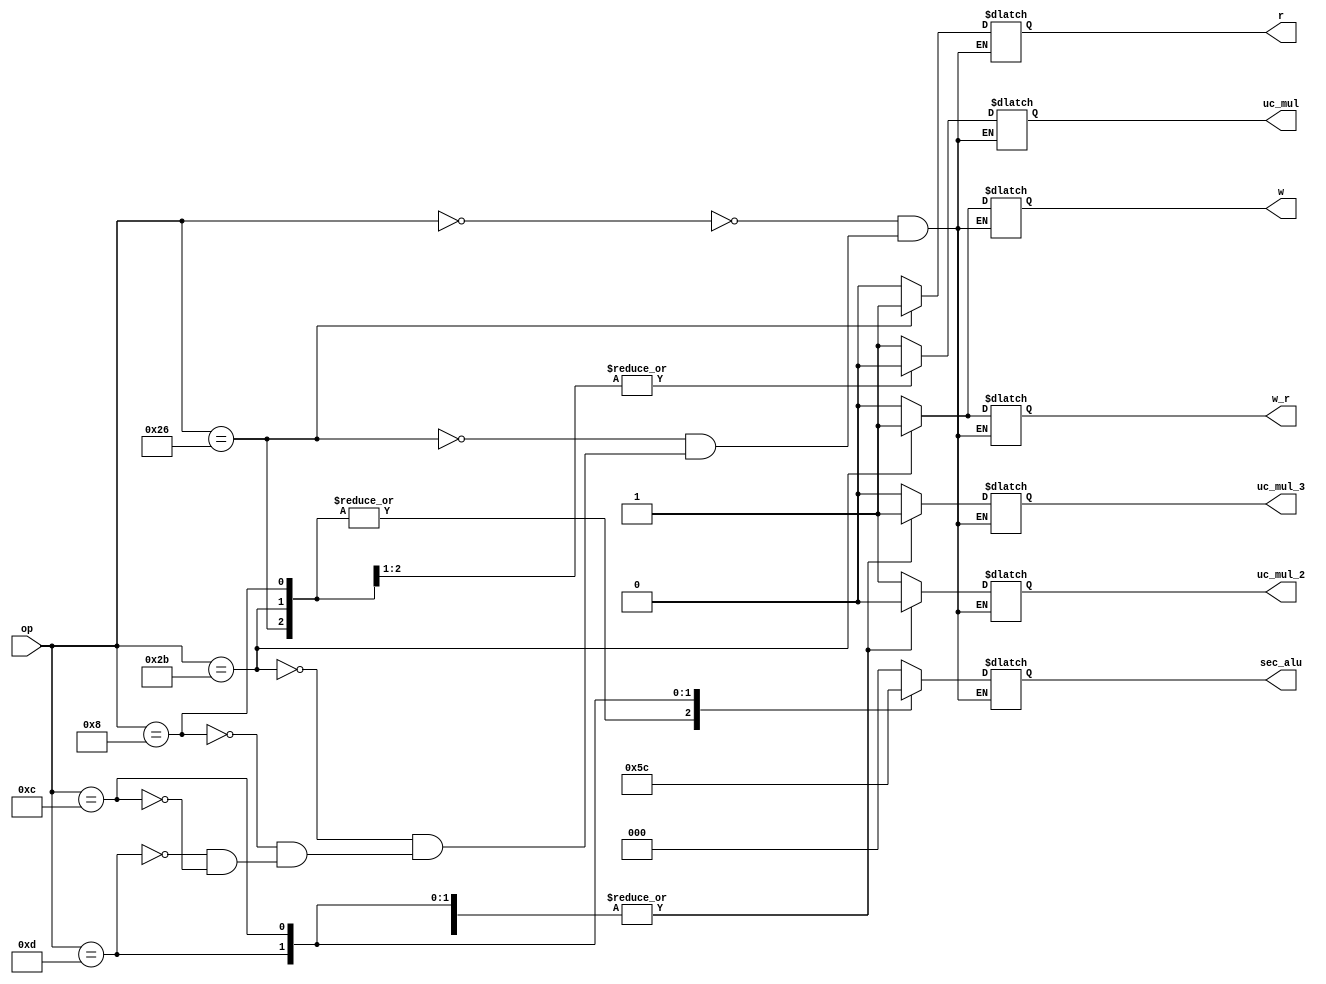
`timescale 1ps/1ps

module uc_11
(
input [5:0]op,
output reg uc_mul, //activacion de multiplexor del final 1 alu 0 memoria de datos
output reg uc_mul_2, //activacion de multiplexor de la entarada de banco 0 para intrucciones i 1 para r
output reg uc_mul_3, //activacion de multiplexor de alu 0 para tipo r 1 para tipo 1
output reg[2:0]sec_alu,//selectora de alu
output reg w, //escribir memoria de datos
output reg r, //lectura de memoria de datos 
output reg w_r //leer o escribir banco de registros
);
always @(*)
begin 
	case(op)
	6'b000000://suma resta or and 
		begin
			w_r=1'b0;//para leer banco de registro
			sec_alu=3'b000;//selectora suma
			uc_mul_2=1'b1;//para que sea de tipo r y rd sea el 15:11
			uc_mul_3=1'b0;//para que la salida de la memoria entre a la alu
			w=1'b0;  //no lee ni guarda nada la memoria de datos
			r=1'b0;  //
			uc_mul=1'b1; //activacion de salida de alu en multiplexor
			//#20
			//w_r=1'b0;//para que escriba el dato que se va a sacar 
		end
	
	6'b100110://lw cargar dato o sacar 
		begin
			w_r=1'b0;//simpre va a leer es muy estudioso
			sec_alu=3'b001;// selectora alu va a saber que es i y va a hacer una suma
			uc_mul_2=1'b0;//para que en lugar de rt sea rd 
			uc_mul_3=1'b1;//para que tome el valor inmediato 
			w=1'b0; //no se escribe nada
			r=1'b1; //se lee el dato que se quiera sacar
			uc_mul=1'b0; //para que salga lo de la memoria 
			//#20
			//w_r=1'b0;//lo guarda 
		end
	
	6'b101011://sw para escribir un dato del banco a la memoria  
		begin
			w_r=1'b1;//simpre va a leer es muy estudioso
			sec_alu=3'b001;// selectora alu va a saber que es i y va a hacer una suma
			uc_mul_2=1'b0;//para que en lugar de rt sea rd pero pude 
			uc_mul_3=1'b1;//para que tome el valor inmediato 
			w=1'b1; //se escribe el dato a guardar
			r=1'b0; //no se va a leer nada
			uc_mul=1'b0; //para que salga lo de la meoria 
		end
	
	6'b001000://addi
		begin
			w_r=1'b0;//simpre va a leer es muy estudioso
			sec_alu=3'b001;// selectora alu va a saber que es i y va a hacer una suma
			uc_mul_2=1'b0;//para que en lugar de rt sea rd 
			uc_mul_3=1'b1;//para que tome el valor inmediato 
			w=1'b0; //no se escribe nada
			r=1'b0; //no se lee nada
			uc_mul=1'b1; //para que salga lo de la alu 
			//#20
			//w_r=1'b0;//lo guarda 
		end
		
	6'b001101://andi 
		begin
			w_r=1'b0;//simpre va a leer es muy estudioso
			sec_alu=3'b011;// selectora alu va a saber que es i y va a hacer una and
			uc_mul_2=1'b0;//para que en lugar de rt sea rd 
			uc_mul_3=1'b1;//para que tome el valor inmediato 
			w=1'b0; //no se escribe nada
			r=1'b0; //no se lee nada
			uc_mul=1'b1; //para que salga lo de la alu 
			//#20
			//w_r=1'b0;//lo guarda 
		end
		
	6'b001100://ori 
		begin
			w_r=1'b0;//simpre va a leer es muy estudioso
			sec_alu=3'b100;// selectora alu va a saber que es i y va a hacer una or
			uc_mul_2=1'b0;//para que en lugar de rt sea rd 
			uc_mul_3=1'b1;//para que tome el valor inmediato 
			w=1'b0; //no se escribe nada
			r=1'b0; //no se lee nada
			uc_mul=1'b1; //para que salga lo de la alu 
			//#20
			//w_r=1'b0;//lo guarda 
		end
	endcase
end 
endmodule